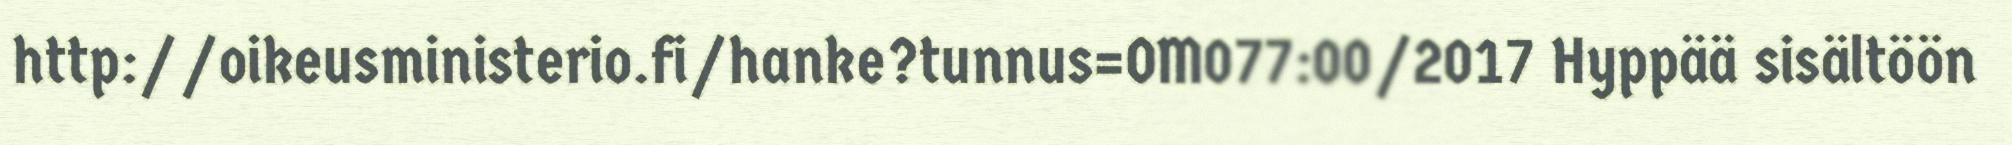
http://oikeusministerio.fi/hanke?tunnus=OM077:00/2017 Hyppää sisältöön